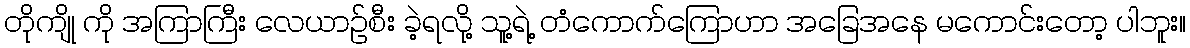
တိုကျို ကို အကြာကြီး လေယာဉ်စီး ခဲ့ရလို့ သူ့ရဲ့ တံကောက်ကြောဟာ အခြေအနေ မကောင်းတော့ ပါဘူး။